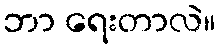
ဘာ ရေးတာလဲ။